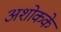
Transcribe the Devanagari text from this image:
अशोकके